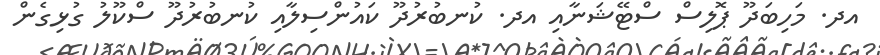
އދ. މަހިބަދޫ ޕޮލިސް ސްޓޭޝަނާއި އދ. ކުނބުރުދޫ ކައުންސިލާއި ކުނބުރުދޫ ސްކޫލު ގުޅިގެން